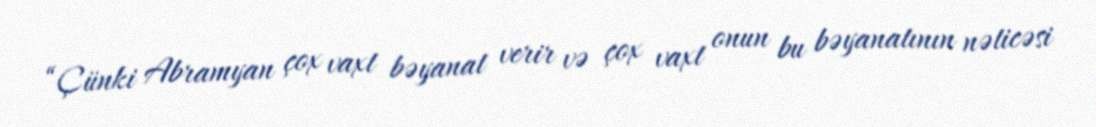
“Çünki Abramyan çox vaxt bəyanat verir və çox vaxt onun bu bəyanatının nəticəsi